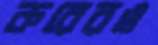
করেরও